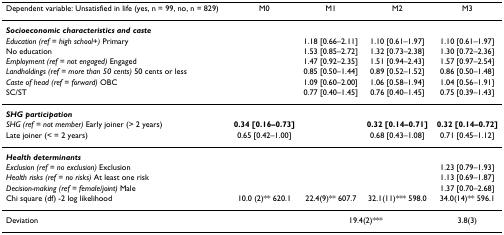
| Dependent variable: Unsatisfied in life (yes, n = 99, no, n = 829) | M0 | M1 | M2 | M3 |
 | --- | --- | --- | --- | --- |
 | Socioeconomic characteristics and caste |  |  |  |  |
 | Education (ref = high school+) Primary |  | 1.18 [0.66–2.11] | 1.10 [0.61–1.97] | 1.10 [0.61–1.97] |
 | No education |  | 1.53 [0.85–2.72] | 1.32 [0.73–2.38] | 1.30 [0.72–2.36] |
 | Employment (ref = not engaged) Engaged |  | 1.47 [0.92–2.35] | 1.51 [0.94–2.43] | 1.57 [0.97–2.54] |
 | Landholdings (ref = more than 50 cents) 50 cents or less |  | 0.85 [0.50–1.44] | 0.89 [0.52–1.52] | 0.86 [0.50–1.48] |
 | Caste of head (ref = forward) OBC |  | 1.09 [0.60–2.00] | 1.06 [0.58–1.94] | 1.04 [0.56–1.91] |
 | SC/ST |  | 0.77 [0.40–1.45] | 0.76 [0.40–1.45] | 0.75 [0.39–1.43] |
 | SHG participation |  |  |  |  |
 | SHG (ref = not member) Early joiner (> 2 years) | 0.34 [0.16–0.73] |  | 0.32 [0.14–0.71] | 0.32 [0.14–0.72] |
 | Late joiner (< = 2 years) | 0.65 [0.42–1.00] |  | 0.68 [0.43–1.08] | 0.71 [0.45–1.12] |
 | Health determinants |  |  |  |  |
 | Exclusion (ref = no exclusion) Exclusion |  |  |  | 1.23 [0.79–1.93] |
 | Health risks (ref = no risks) At least one risk |  |  |  | 1.13 [0.69–1.87] |
 | Decision-making (ref = female/joint) Male |  |  |  | 1.37 [0.70–2.68] |
 | Chi square (df) -2 log likelihood | 10.0 (2)** 620.1 | 22.4(9)** 607.7 | 32.1(11)*** 598.0 | 34.0(14)** 596.1 |
 | Deviation |  | <COLSPAN=2> 19.4(2)*** | 3.8(3) |